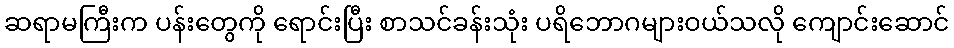
ဆရာမကြီးက ပန်းတွေကို ရောင်းပြီး စာသင်ခန်းသုံး ပရိဘောဂများဝယ်သလို ကျောင်းဆောင်